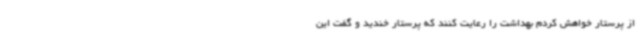
از پرستار خواهش کردم بهداشت را رعایت کنند که پرستار خندید و گفت این